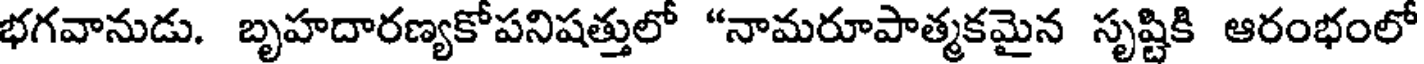
భగవానుడు. బృహదారణ్యకోపనిషత్తులో "నామరూపాత్మకమైన సృష్టికి ఆరంభంలో